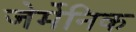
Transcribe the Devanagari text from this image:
जेर्मेनिक